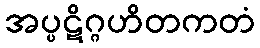
အပ္ပဋိဂ္ဂဟိတကတံ